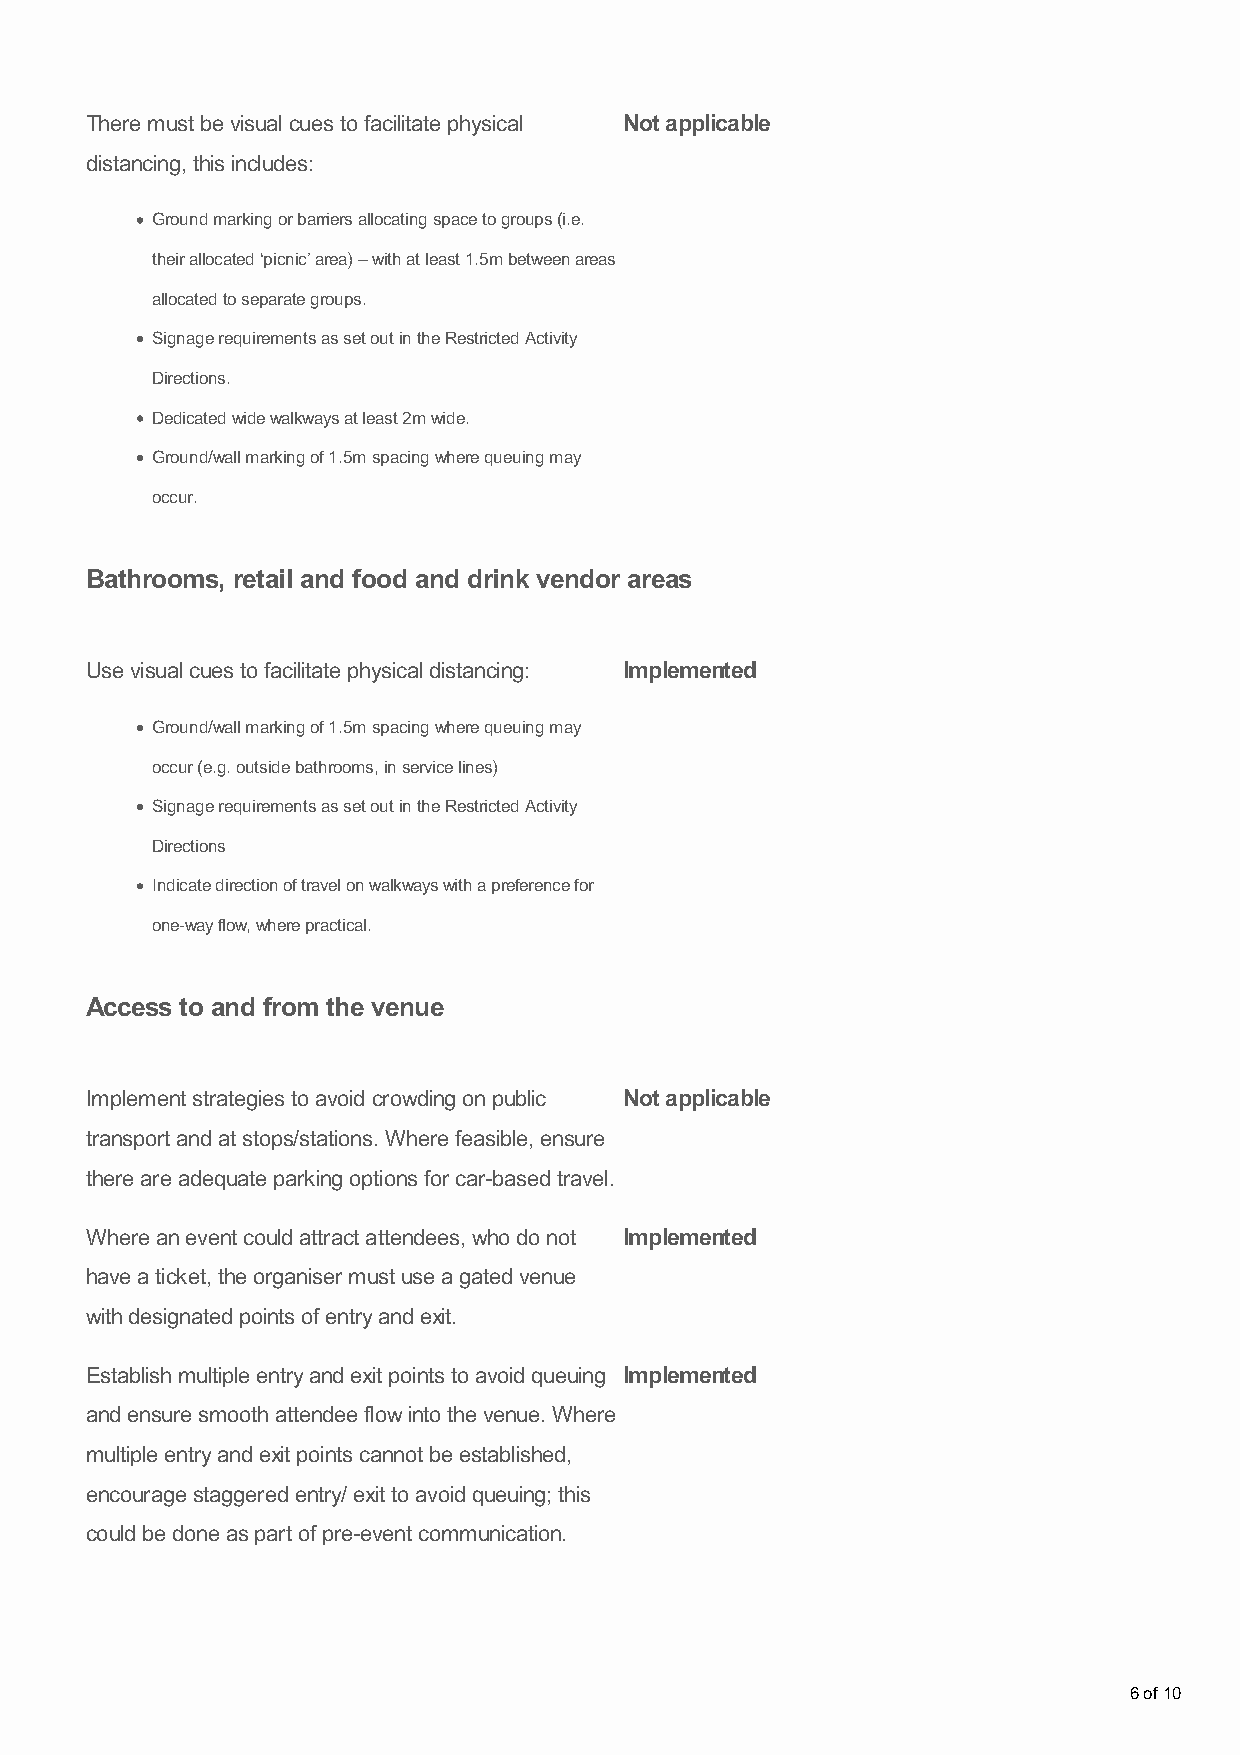
There must be visual cues to facilitate physical Not applicable
 distancing, this includes:
 Ground marking or barriers allocating space to groups (i.e.
 their allocated ‘picnic’ area) – with at least 1.5m between areas
 allocated to separate groups.
 Signage requirements as set out in the Restricted Activity
 Directions.
 Dedicated wide walkways at least 2m wide.
 Ground/wall marking of 1.5m spacing where queuing may
 occur.
 Bathrooms, retail and food and drink vendor areas
 Use visual cues to facilitate physical distancing: Implemented
 Ground/wall marking of 1.5m spacing where queuing may
 occur (e.g. outside bathrooms, in service lines)
 Signage requirements as set out in the Restricted Activity
 Directions
 Indicate direction of travel on walkways with a preference for
 one-way flow, where practical.
 Access to and from the venue
 Implement strategies to avoid crowding on public Not applicable
 transport and at stops/stations. Where feasible, ensure
 there are adequate parking options for car-based travel.
 Where an event could attract attendees, who do not Implemented
 have a ticket, the organiser must use a gated venue
 with designated points of entry and exit.
 Establish multiple entry and exit points to avoid queuing Implemented
 and ensure smooth attendee flow into the venue. Where
 multiple entry and exit points cannot be established,
 encourage staggered entry/ exit to avoid queuing; this
 could be done as part of pre-event communication.
 6 of 10